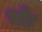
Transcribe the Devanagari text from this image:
भोः